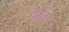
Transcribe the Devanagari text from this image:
ठोंग